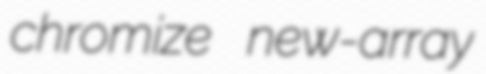
chromize new-array